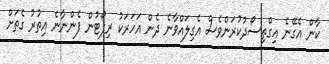
ކާން އެގޭނެ ޢިގްތިސޯދުކުރަންވެސް އެގިލައްވާނެ ދެން އަހަރަކު ރިޕޯޓުން ފެންނާނެ އިތުރު ގެތަށް